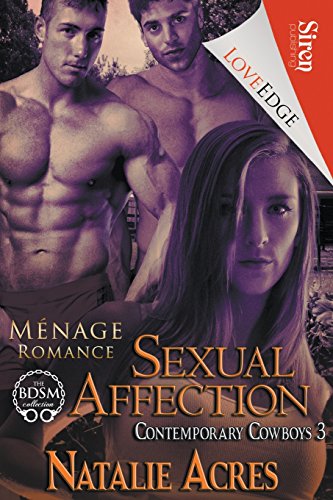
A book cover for Sexual Affection [Contemporary Cowboys 3] (Siren Publishing LoveEdge); Natalie Acres; Romance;